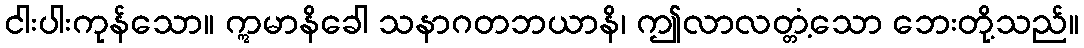
ငါးပါးကုန်သော။ ဣမာနိခေါ သနာဂတဘယာနိ၊ ဤလာလတ္တံ့သော ဘေးတို့သည်။